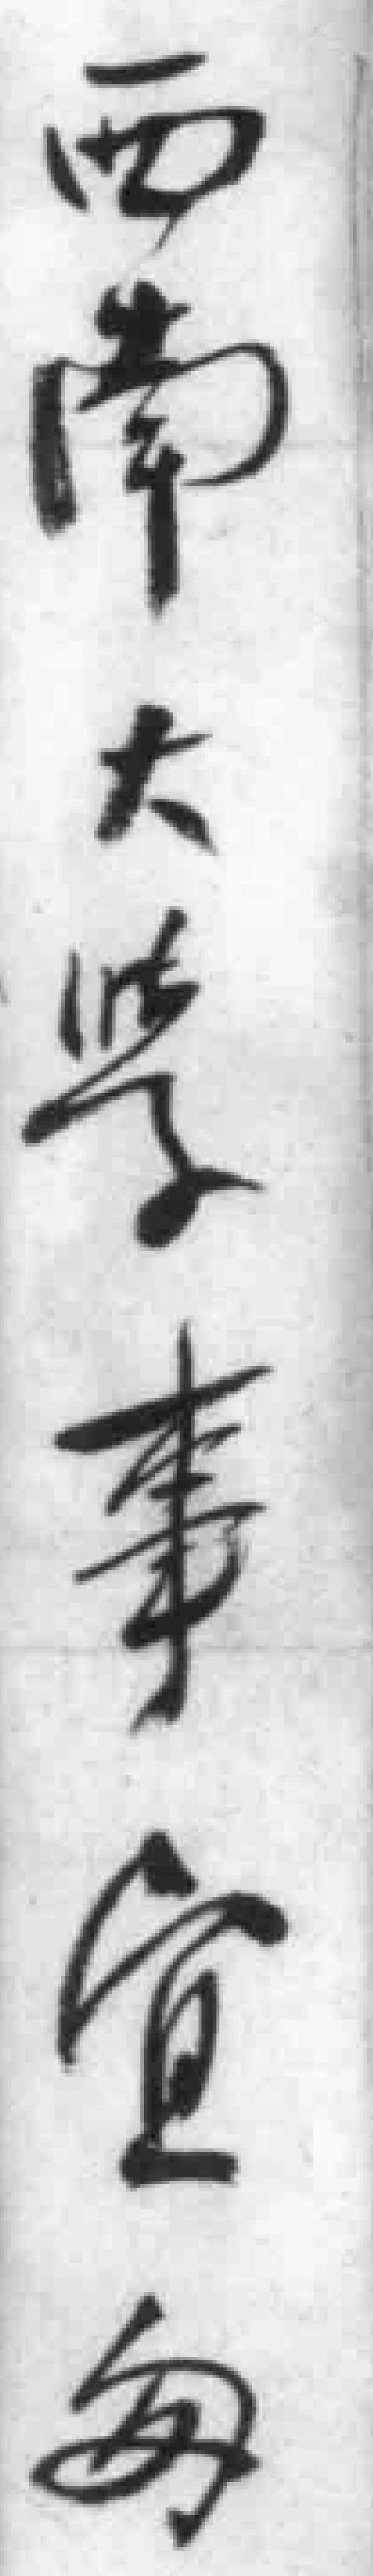
西南大学事宜匆